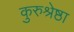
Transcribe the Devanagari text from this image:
कुरुश्रेष्ठा